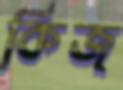
কিজ